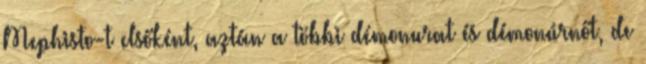
Mephisto-t elsőként, aztán a többi démonurat és démonúrnőt, de